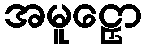
အမူဠှော